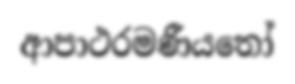
ආපාථරමණීයතෝ